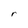
Character: r